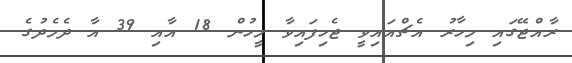
ރާއްޖޭގައި މިހާރު އެޗްއައިވީ ޖެހިފައިވާ މީހުން 18 އާއި 39 އާ ދެމެދުގެ